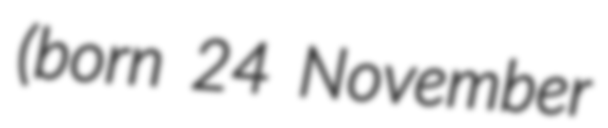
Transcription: (born 24 November